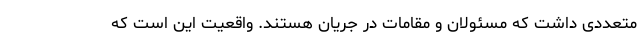
متعددی داشت که مسئولان و مقامات در جریان هستند. واقعیت این است که